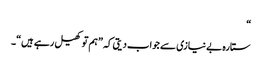
“
ستارہ بے نیازی سے جواب دیتی کہ ”ہم تو کھیل رہے ہیں“۔